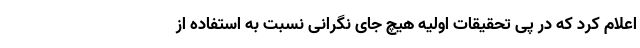
اعلام کرد که در پی تحقیقات اولیه هیچ جای نگرانی نسبت به استفاده از